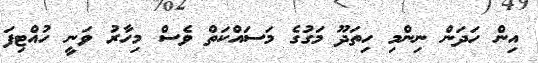
އިން ހަދަން ނިންމި ހިތަދޫ މަގުގެ މަސައްކަތް ވެސް މިހާރު ވަނީ ހުއްޓިފަ